画像に写った文字を読んでください
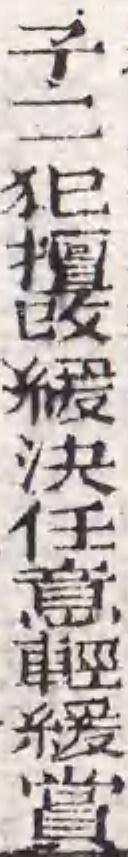
「子二犯擅攺緩決任意輕緩賞」と書いてあります